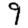
Digit: 9